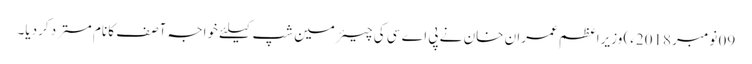
09 نومبر 2018ء) وزیراعظم عمران خان نے پی اے سی کی چیئرمین شپ کیلئے خواجہ آصف کا نام مسترد کردیا۔